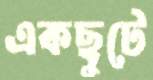
একছুটে